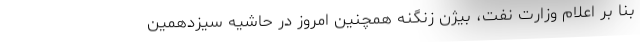
بنا بر اعلام وزارت نفت، بیژن زنگنه همچنین امروز در حاشیه سیزدهمین